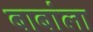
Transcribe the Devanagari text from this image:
बाबांला